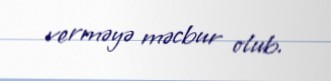
verməyə məcbur olub.